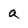
Character: a